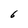
Character: 6